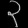
Digit: ၃